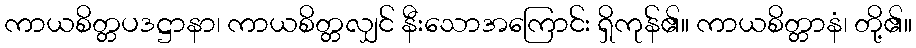
ကာယစိတ္တပဒဋ္ဌာနာ၊ ကာယစိတ္တလျှင် နီးသောအကြောင်း ရှိကုန်၏။ ကာယစိတ္တာနံ၊ တို့၏။